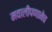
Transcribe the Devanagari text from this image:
मवालीपणानेच